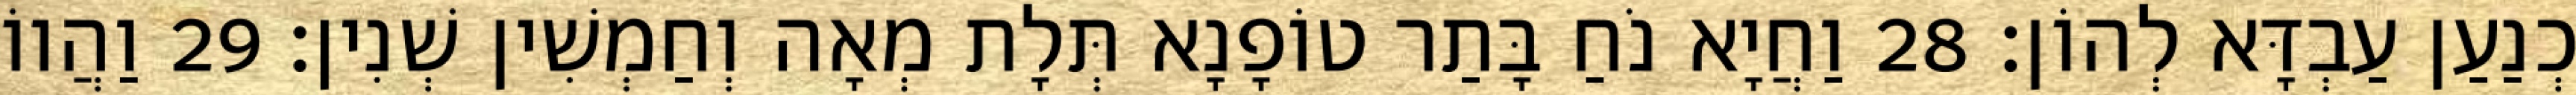
כְנַעַן עַבְדָּא לְהוֹן׃ 28 וַחֲיָא נֹחַ בָּתַר טוֹפָנָא תְּלָת מְאָה וְחַמְשִׁין שְׁנִין׃ 29 וַהֲווֹ